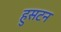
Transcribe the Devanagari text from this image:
हुसटन